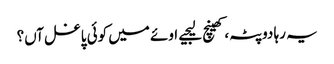
یہ رہا دوپٹہ، کھینچ لیجیے	اوئے میں کوئی پاغل آں؟